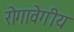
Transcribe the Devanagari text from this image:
रोगावेगीय